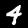
Label: 4